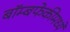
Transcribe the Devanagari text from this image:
बॉम्बफेकीमध्ये